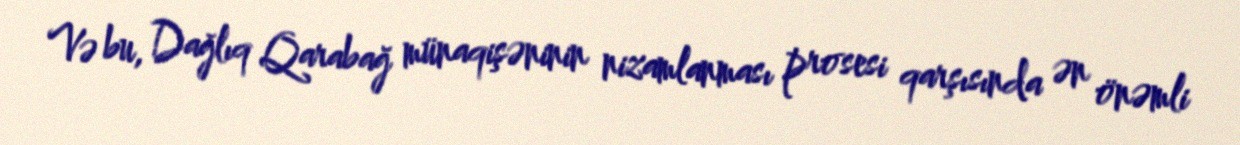
Və bu, Dağlıq Qarabağ münaqişəninin nizamlanması prosesi qarşısında ən önəmli